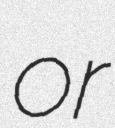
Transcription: or